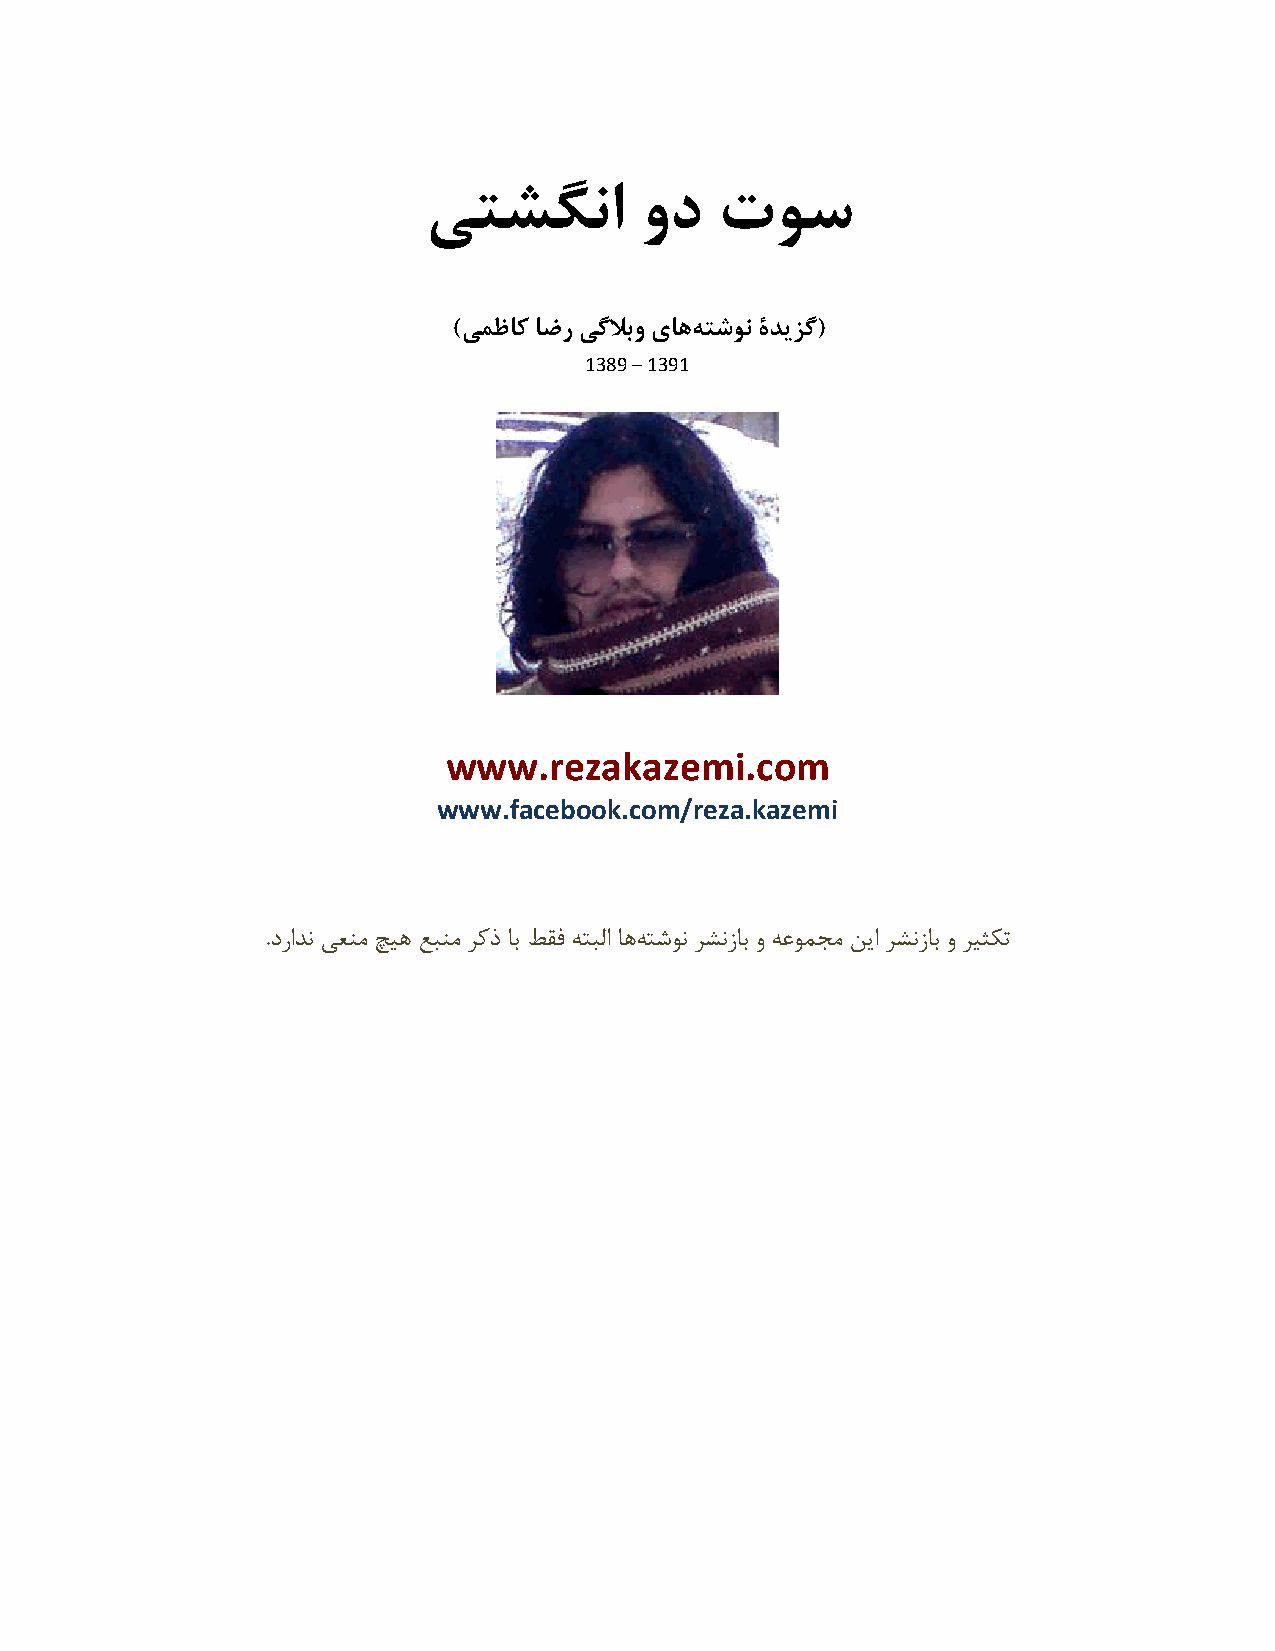
ٖتطگًا        ٍد   تَس
 )ٖوظاک اضس ٖگلاتٍ ٕاِّ تضًَ ٓذٗضگ(
 1389 – 1391
 www.rezakazemi.com
 www.facebook.com/reza.kazemi
 .ؿكاـٛ یؼٜٗ شی١ غجٜٗ لًف بث ٚوك ٠تجٓا ب١٠ تُٞٛ لِٛمبث ٝ ٠ػٞ٘زٗ ٚیا لِٛمبث ٝ لیخٌت